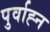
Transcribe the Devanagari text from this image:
पुर्वाह्न